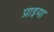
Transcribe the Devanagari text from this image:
प्राइया